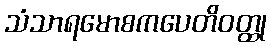
သံသာရမောစကပေတိဝတ္ထု